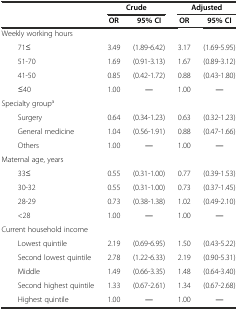
<table><thead><tr><td colspan="2"></td><td colspan="2"><b>Crude</b></td><td colspan="2"><b>Adjusted</b></td></tr><tr><td></td><td></td><td><b>OR</b></td><td><b>95% CI</b></td><td><b>OR</b></td><td><b>95% CI</b></td></tr></thead><tbody><tr><td colspan="2">Weekly working hours</td><td></td><td></td><td></td><td></td></tr><tr><td></td><td>71≤</td><td>3.49</td><td>(1.89-6.42)</td><td>3.17</td><td>(1.69-5.95)</td></tr><tr><td></td><td>51-70</td><td>1.69</td><td>(0.91-3.13)</td><td>1.67</td><td>(0.89-3.12)</td></tr><tr><td></td><td>41-50</td><td>0.85</td><td>(0.42-1.72)</td><td>0.88</td><td>(0.43-1.80)</td></tr><tr><td></td><td>≤40</td><td>1.00</td><td>―</td><td>1.00</td><td>―</td></tr><tr><td colspan="2">Specialty group<sup>a</sup></td><td></td><td></td><td></td><td></td></tr><tr><td></td><td>Surgery</td><td>0.64</td><td>(0.34-1.23)</td><td>0.63</td><td>(0.32-1.23)</td></tr><tr><td></td><td>General medicine</td><td>1.04</td><td>(0.56-1.91)</td><td>0.88</td><td>(0.47-1.66)</td></tr><tr><td></td><td>Others</td><td>1.00</td><td>―</td><td>1.00</td><td>―</td></tr><tr><td colspan="2">Maternal age, years</td><td></td><td></td><td></td><td></td></tr><tr><td></td><td>33≤</td><td>0.55</td><td>(0.31-1.00)</td><td>0.77</td><td>(0.39-1.53)</td></tr><tr><td></td><td>30-32</td><td>0.55</td><td>(0.31-1.00)</td><td>0.73</td><td>(0.37-1.45)</td></tr><tr><td></td><td>28-29</td><td>0.73</td><td>(0.38-1.38)</td><td>1.02</td><td>(0.49-2.10)</td></tr><tr><td></td><td>&lt;28</td><td>1.00</td><td>―</td><td>1.00</td><td>―</td></tr><tr><td colspan="2">Current household income</td><td></td><td></td><td></td><td></td></tr><tr><td></td><td>Lowest quintile</td><td>2.19</td><td>(0.69-6.95)</td><td>1.50</td><td>(0.43-5.22)</td></tr><tr><td></td><td>Second lowest quintile</td><td>2.78</td><td>(1.22-6.33)</td><td>2.19</td><td>(0.90-5.31)</td></tr><tr><td></td><td>Middle</td><td>1.49</td><td>(0.66-3.35)</td><td>1.48</td><td>(0.64-3.40)</td></tr><tr><td></td><td>Second highest quintile</td><td>1.33</td><td>(0.67-2.61)</td><td>1.34</td><td>(0.67-2.68)</td></tr><tr><td></td><td>Highest quintile</td><td>1.00</td><td>―</td><td>1.00</td><td>―</td></tr></tbody></table>